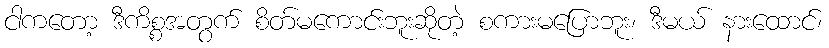
ငါကတော့ ဒီကိစ္စအတွက် စိတ်မကောင်းဘူးဆိုတဲ့ စကားမပြောဘူး၊ ဒီမယ် နားထောင်၊